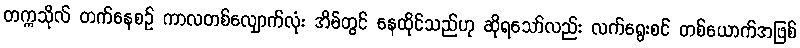
တက္ကသိုလ် တက်နေစဉ် ကာလတစ်လျှောက်လုံး အိမ်တွင် နေထိုင်သည်ဟု ဆိုရသော်လည်း လက်ရွေးစင် တစ်ယောက်အဖြစ်